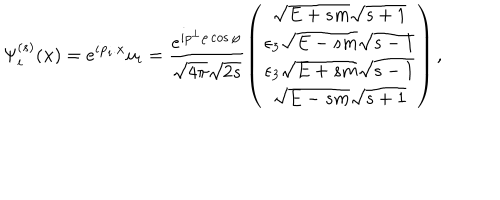
\Psi _ { i } ^ { ( s ) } ( \mathbf { x } ) = e ^ { i \mathbf { p } _ { i } . \mathbf { x } } u _ { i } = \frac { e ^ { i p ^ { \bot } \rho \cos \varphi } } { \sqrt { 4 \pi } \sqrt { 2 s } } \left( \begin{array} { c } { { \sqrt { E + s m } \sqrt { s + 1 } } } \\ { { \epsilon _ { 3 } \sqrt { E - s m } \sqrt { s - 1 } } } \\ { { \epsilon _ { 3 } \sqrt { E + s m } \sqrt { s - 1 } } } \\ { { \sqrt { E - s m } \sqrt { s + 1 } } } \\ \end{array} \right) ,